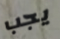
يجب